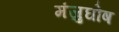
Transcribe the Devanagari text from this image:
मंजुघोष